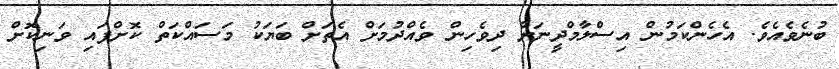
ބުނެވެއެވެ. އެހެންކަމުން އިސްލާމްދީނަށް ދިވެހިން ވެއްދުމަށް އެތަށް ބަޔަކު މަސައްކަތް ކޮށްފައި ވަނިކޮށް